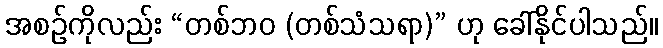
အစဉ်ကိုလည်း “တစ်ဘဝ (တစ်သံသရာ)” ဟု ခေါ်နိုင်ပါသည်။